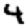
Digit: 4